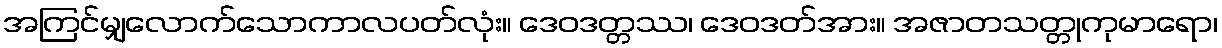
အကြင်မျှလောက်သောကာလပတ်လုံး။ ဒေဝဒတ္တဿ၊ ဒေဝဒတ်အား။ အဇာတသတ္တုကုမာရော၊